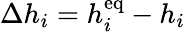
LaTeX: \Delta h_{i}=h_{i}^{\mathrm{eq}}-h_{i}